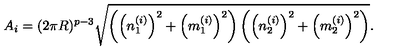
A _ { i } = ( 2 \pi R ) ^ { p - 3 } \sqrt { \left( \left( n _ { 1 } ^ { ( i ) } \right) ^ { 2 } + \left( m _ { 1 } ^ { ( i ) } \right) ^ { 2 } \right) \left( \left( n _ { 2 } ^ { ( i ) } \right) ^ { 2 } + \left( m _ { 2 } ^ { ( i ) } \right) ^ { 2 } \right) } .